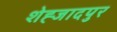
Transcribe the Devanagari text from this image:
शेह्जादपुर